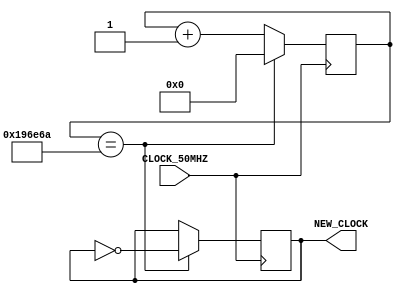

/*

@t4rcisio
2021
BR

*/

module clock_divider(CLOCK_50MHZ, NEW_CLOCK);

input CLOCK_50MHZ;
output NEW_CLOCK;

reg [32:0] COUNTER;
reg WAVE;
reg [32:0] MAX_COUNTER;


initial COUNTER = 0;
initial WAVE = 0;
initial MAX_COUNTER = 32'h196E6A;

/*
SET MAX_COUNTER TO CHANGE OUTPUT CLOCK 

32'h2FAF080 - TO 01HZ  CLOCK
32'h989680  - TO 05HZ  CLOCK
32'h4C4B40  - TO 10HZ  CLOCK
32'h2625A0  - TO 20HZ  CLOCK
32'h196E6A  - TO 30HZ  CLOCK
32'hCB735   - TO 60HZ  CLOCK
32'h7A120   - TO 100HZ CLOCK
32'C350     - TO 50KHZ CLOCK 
.
.
.
MAKE YOURSELF...

*/

assign NEW_CLOCK = WAVE;


always @(negedge CLOCK_50MHZ)
	begin
		
		if(COUNTER == MAX_COUNTER)
			begin
				COUNTER = 0;
				WAVE = !WAVE;
			end
		else
			begin
				COUNTER = COUNTER+1;
			end
		
	end
endmodule